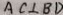
A C \bot B D